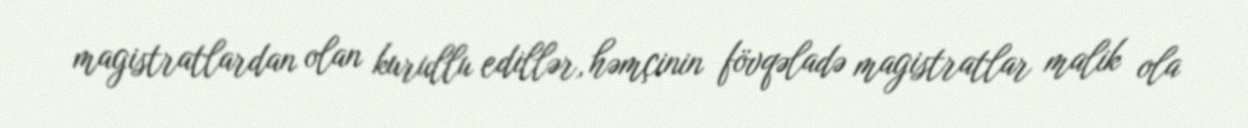
magistratlardan olan kurullu edillər, həmçinin fövqəladə magistratlar malik ola